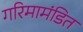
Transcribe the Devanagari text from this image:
गरिमामंडित